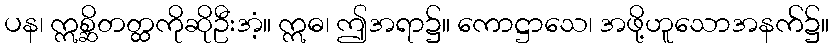
ပန၊ ဣစ္ဆိတတ္ထကိုဆိုဦးအံ့။ ဣဓ၊ ဤအရာ၌။ ကောဋ္ဌာသေ၊ အဖို့ဟူသောအနက်၌။